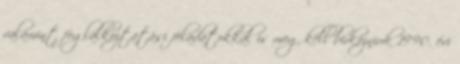
valamint foglalkoztatási feladatokkal is meg kell birkózniuk 1990. évi